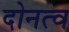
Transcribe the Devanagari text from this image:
दोनत्व